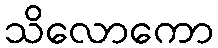
သိလောကော